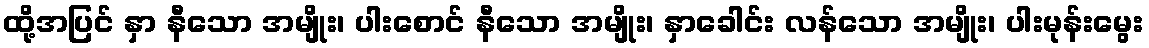
ထို့အပြင် နှာ နီသော အမျိုး၊ ပါးစောင် နီသော အမျိုး၊ နှာခေါင်း လန်သော အမျိုး၊ ပါးမုန်းမွေး